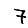
Digit: 7